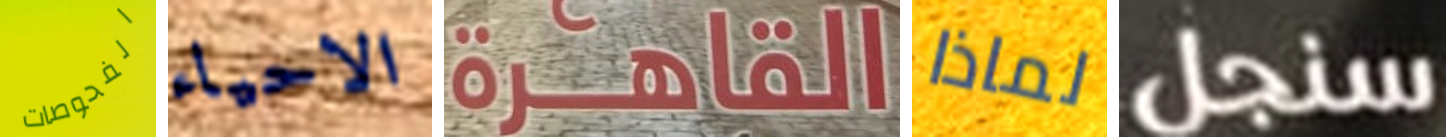
الفحوصات الاحياء القاهرة لماذا سنجل